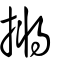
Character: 摪